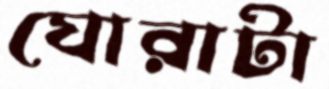
ঘোরাটা